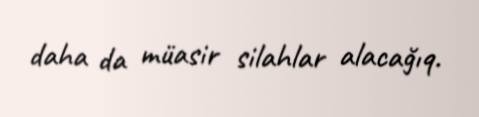
daha da müasir silahlar alacağıq.